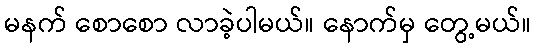
မနက် စောစော လာခဲ့ပါမယ်။ နောက်မှ တွေ့မယ်။